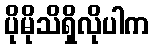
ပိုမိုသိရှိလိုပါက